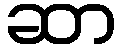
ဆာ